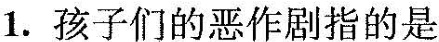
1.孩子们的恶作剧指的是